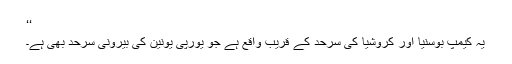
‘‘
یہ کیمپ بوسنیا اور کروشیا کی سرحد کے قریب واقع ہے جو یورپی یونین کی بیرونی سرحد بھی ہے۔